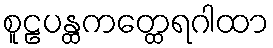
စူဠပန္ထကတ္ထေရဂါထာ